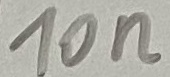
Text: 10n